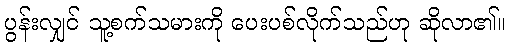
ပွန်းလျှင် သူ့စက်သမားကို ပေးပစ်လိုက်သည်ဟု ဆိုလာ၏။